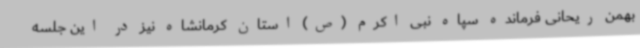
بهمن ریحانی فرمانده سپاه نبی اکرم (ص) استان کرمانشاه نیز در این جلسه